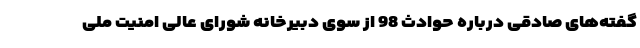
گفته‌های صادقی درباره حوادث 98 از سوی دبیرخانه شورای عالی امنیت ملی